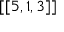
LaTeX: \left[ [ 5 , 1 , 3 \right] ]